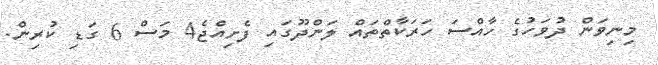
މިނިވަން ދުވަހުގެ ހާއްސަ ހަރަކާތްތައް ލަންދޫގައި ފެށިއްޖެ4 މަސް 6 ގަޑި ކުރިން.